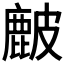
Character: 𥀔